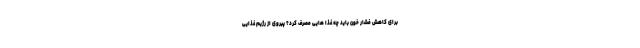
برای کاهش فشار خون باید چه غذا هایی مصرف کرد؟ پیروی از رژیم غذایی